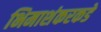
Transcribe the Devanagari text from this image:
भिमाशंकरकडे